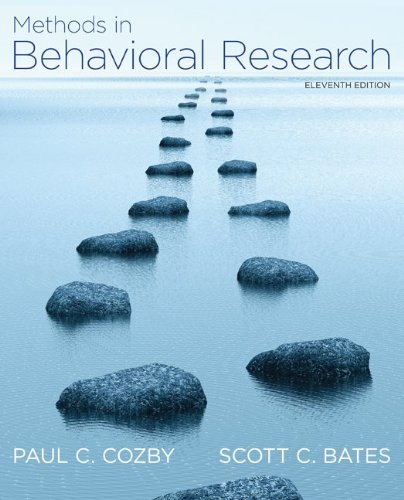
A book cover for Methods in Behavioral Research; Paul Cozby; Medical Books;